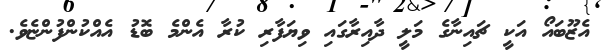
އެޒޫބައޯ އަކީ ޗައިނާގެ މަލީ ދާއިރާގައި ވިޔަފާރި ކުރާ އެންމެ ބޮޑު އެއްކުންފުންޏެވެ.